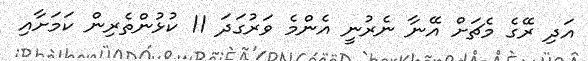
އަދި ރޭގެ މެޗަށް އޭނާ ނެރުނީ އެންމެ ވަރުގަދަ 11 ކުޅުންތެރިން ކަމަށާއި